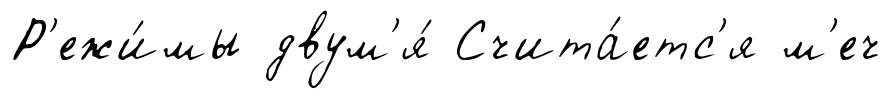
Р'ежи́мы двум'я́ Счита́етс'я м'еч